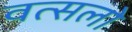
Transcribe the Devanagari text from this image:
वत्सलो